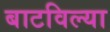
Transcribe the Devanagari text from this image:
बाटविल्या